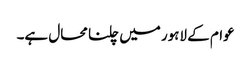
عوام کے لاہور میں چلنا محال ہے۔